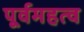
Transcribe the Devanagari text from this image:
पूर्वमहत्व